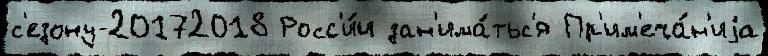
с'езону-20172018 Росс'и́и зан'има́тьс'я Пр'им'еча́н'иjа